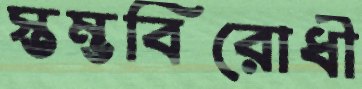
স্তম্ভবিরোধী